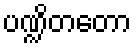
ပဏ္ဍိတတော